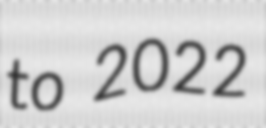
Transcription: to 2022